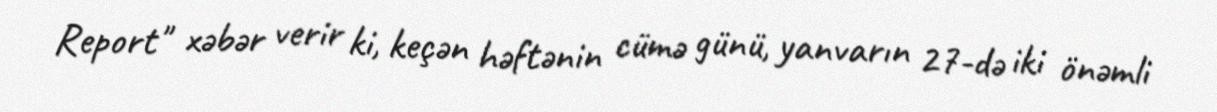
Report" xəbər verir ki, keçən həftənin cümə günü, yanvarın 27-də iki önəmli